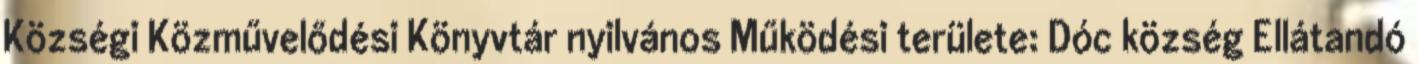
Községi Közművelődési Könyvtár nyilvános Működési területe: Dóc község Ellátandó